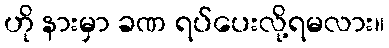
ဟို နားမှာ ခဏ ရပ်ပေးလို့ရမလား။